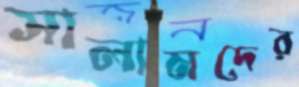
সালামদের